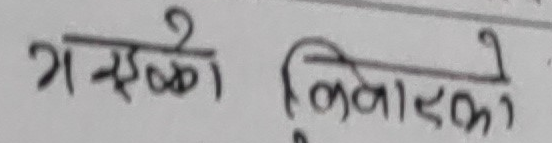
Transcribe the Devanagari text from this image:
गएको किवाएको